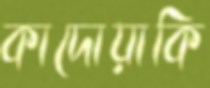
কাদোয়াকি